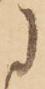
に